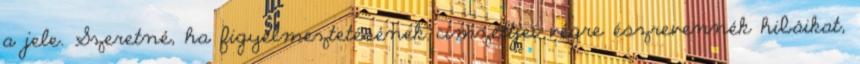
a jele. Szeretné, ha figyelmeztetésének címzettjei végre észrevennék hibáikat,